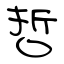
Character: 哲